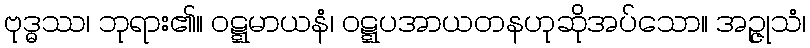
ဗုဒ္ဓဿ၊ ဘုရား၏။ ဝဋ္ဋမာယနံ၊ ဝဋ္ဋပအာယတနဟုဆိုအပ်သော။ အဉ္ဇုသံ၊